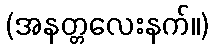
(အနတ္တလေးနက်။)